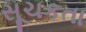
સૂચકતા